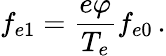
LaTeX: f_{e1}=\frac{e\varphi}{T_{e}}f_{e0}\, .